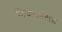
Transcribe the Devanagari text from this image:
टिळकांसह